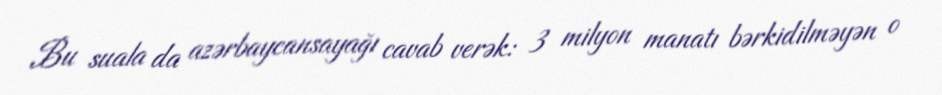
Bu suala da azərbaycansayağı cavab verək: 3 milyon manatı bərkidilməyən o